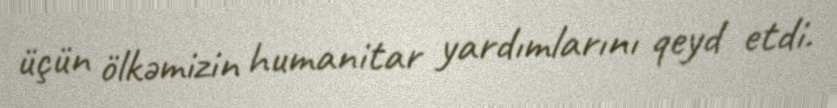
üçün ölkəmizin humanitar yardımlarını qeyd etdi.